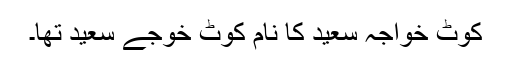
کوٹ خواجہ سعید کا نام کوٹ خوجے سعید تھا۔